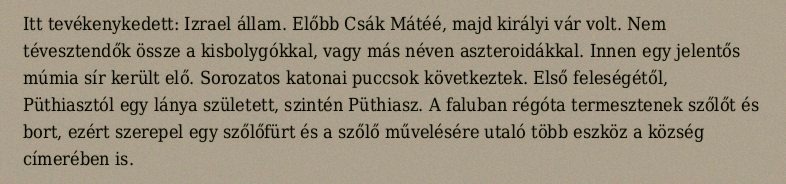
Itt tevékenykedett: Izrael állam. Előbb Csák Mátéé, majd királyi vár volt. Nem tévesztendők össze a kisbolygókkal, vagy más néven aszteroidákkal. Innen egy jelentős múmia sír került elő. Sorozatos katonai puccsok következtek. Első feleségétől, Püthiasztól egy lánya született, szintén Püthiasz. A faluban régóta termesztenek szőlőt és bort, ezért szerepel egy szőlőfürt és a szőlő művelésére utaló több eszköz a község címerében is.